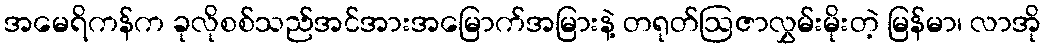
အမေရိကန်က ခုလိုစစ်သည်အင်အားအမြောက်အမြားနဲ့ တရုတ်ဩဇာလွှမ်းမိုးတဲ့ မြန်မာ၊ လာအို